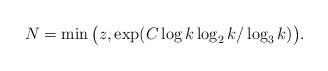
LaTeX: \begin{align*}N= \min\big(z, \exp(C\log k \log_2k /\log_3 k)\big).\end{align*}